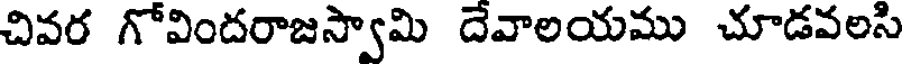
చివర గోవిందరాజస్వామి దేవాలయము చూడవలసి